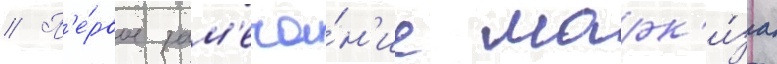
// П'е́рвое зам'еча́н'ие марк'и́за